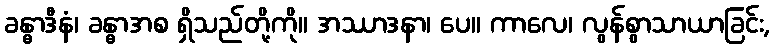
ခန္ဓာဒီနံ၊ ခန္ဓာအစ ရှိသည်တို့ကို။ အဿာဒနာ၊ ပေ။ ကာလေ၊ လွန်စွာသာယာခြင်း,